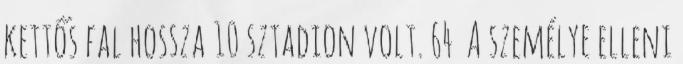
kettős fal hossza 10 sztadion volt. 64 A személye elleni